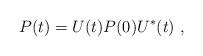
LaTeX: \begin{align*}P(t)=U(t)P(0)U^*(t)\ ,\end{align*}